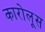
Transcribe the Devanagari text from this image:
कारोलूस